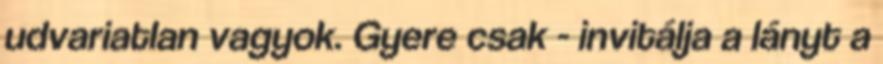
udvariatlan vagyok. Gyere csak - invitálja a lányt a